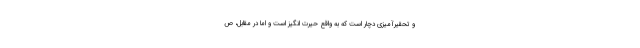
و تحقیرآمیزی دچار است که به واقع حیرت انگیز است و اما در مقابل، ص